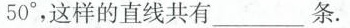
50°，这样的直线共有___条。